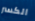
الكسر